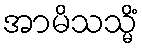
အာမိသသ္မိံ